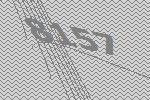
8157